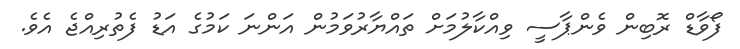
ފޯވާޑް ރޮބިން ވެންޕާސީ ވިއްކާލުމަށް ތައްޔާރުވަމުން އަންނަ ކަމުގެ އަޑު ފެތުރިއްޖެ އެވެ.